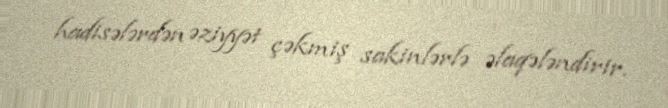
hadisələrdən əziyyət çəkmiş sakinlərlə əlaqələndirir.